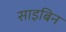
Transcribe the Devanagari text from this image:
साइबिन